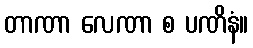
တာဏာ လေဏာ စ ပဏိနံ။